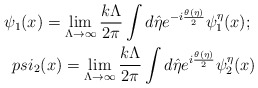
\begin{align*}\psi_1(x)=\lim_{\Lambda\rightarrow \infty}\frac{k\Lambda}{2\pi }\int d\hat\eta e^{-i\frac{\theta(\eta)}{2}}\psi_1^{\eta}(x); \ \\psi_2(x)=\lim_{\Lambda\rightarrow \infty}\frac{k\Lambda}{2\pi }\int d\hat\eta e^{i\frac{\theta(\eta)}{2}}\psi_2^{\eta}(x)\end{align*}